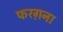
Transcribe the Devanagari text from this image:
फरग़ना